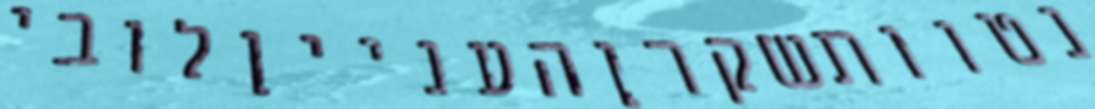
נטוותשקרןהענייןלובי